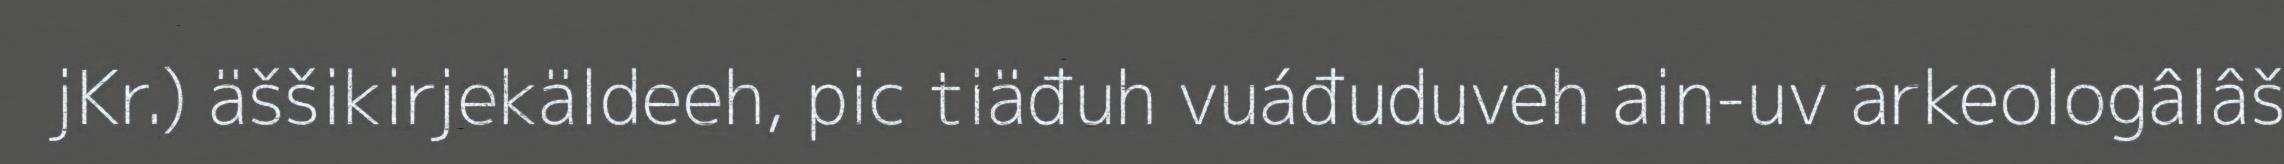
jKr.) äššikirjekäldeeh, pic tiäđuh vuáđuduveh ain-uv arkeologâlâš